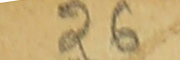
26